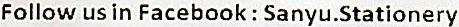
FOLLOW US IN FACEBOOK : SANYU.STATIONERY